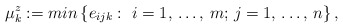
\begin{align*}\mu_{k}^{z}:=min\left\{ e_{ijk}: \thinspace \thinspace i=1,\thinspace \mathellipsis ,\thinspace m;\thinspace j=1,\thinspace \mathellipsis ,\thinspace n \right\}, \end{align*}